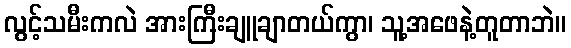
လွင့်သမီးကလဲ အားကြီးချူချာတယ်ကွာ၊ သူ့အဖေနဲ့တူတာဘဲ။